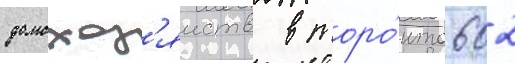
домохоз'яиств в торо́нто 602